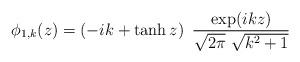
LaTeX: \begin{align*}\phi_{1,k}(z) = \left(- i k + \tanh z\right)\ {{\exp(ikz)} \over {\sqrt{2 \pi} \ \sqrt{k^2 + 1}}}\end{align*}